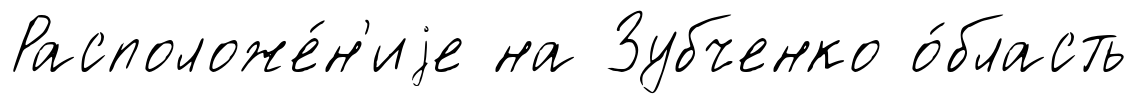
Расположе́н'иjе на Зубченко о́бласть